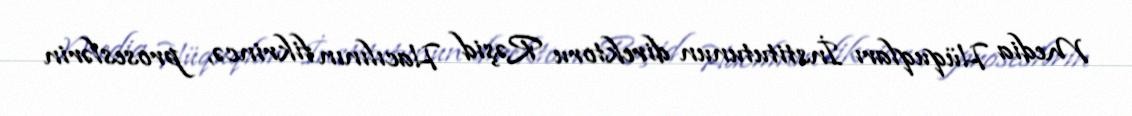
Media Hüquqları İnstitutunun direktoru Rəşid Hacılının fikrincə, proseslərin